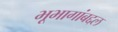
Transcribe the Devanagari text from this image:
भूभागांबद्दल